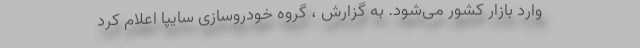
وارد بازار کشور می‌شود. به گزارش ، گروه خودروسازی سایپا اعلام کرد